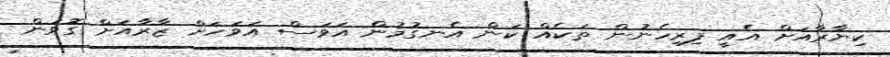
ކިޔާރާއަށް އެއީ ފިރިހެނުން ތަކެއް ކަން އެނގުމުން އަވަސް އަވަހަށް ޒާރާއަށް ގޮވަން